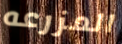
المزرعه